Vaccination in Bombay 1863-1868 - 1863-1868
Year: 1863
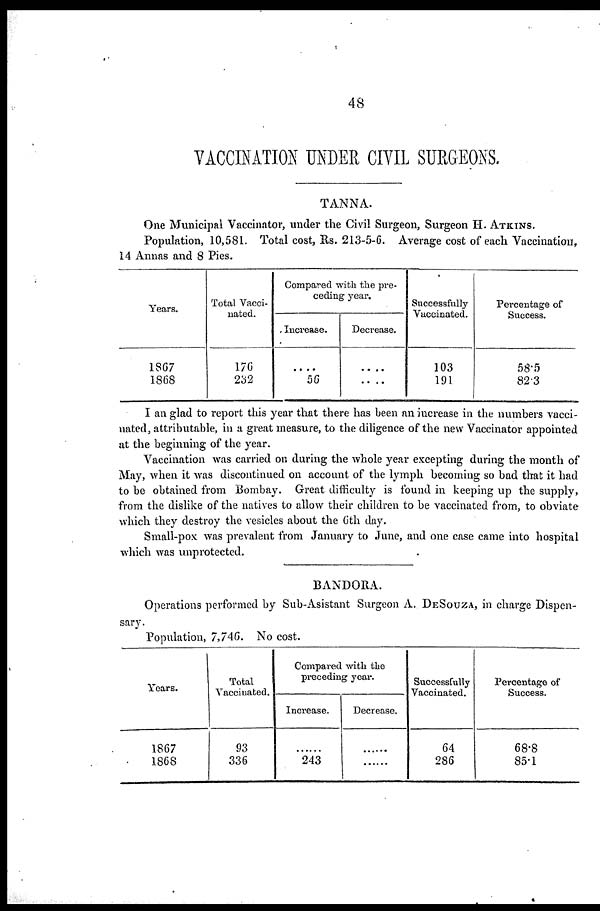
48
VACCINATION UNDER CIVIL SURGEONS.
TANNA.
One Municipal Vaccinator, under the Civil Surgeon, Surgeon H. ATKINS.
Population, 10,581. Total cost, Rs. 213-5-6. Average cost of each Vaccination,
14 Annas and 8 Pies.
Years.
1867
1868
Total Vacci-
nated.
176
232
Compared with the pre-
ceding year.
Increase.
....
56
Decrease.
....
....
Successfully
Vaccinated.
103
191
Percentage of
Success.
58.5
82.3
I an glad to report this year that there has been an increase in the numbers vacci-
nated, attributable, in a great measure, to the diligence of the new Vaccinator appointed
at the beginning of the year.
Vaccination was carried on during the whole year excepting during the month of
May, when it was discontinued on account of the lymph becoming so bad that it had
to be obtained from Bombay. Great difficulty is found in keeping up the supply,
from the dislike of the natives to allow their children to be vaccinated from, to obviate
which they destroy the vesicles about the 6th day.
Small-pox was prevalent from January to June, and one case came into hospital
which was unprotected.
BANDORA.
Operations performed by Sub-Asistant Surgeon A. DESOUZA, in charge Dispen-
sary.
Population, 7,746. No cost.
Years.
1867
1868
Total
Vaccinated.
93
336
Compared with the
preceding year.
Increase.
.......
243
Decrease.
......
......
Successfully
Vaccinated.
64
286
Percentage of
Success.
68.8
85.1